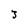
Character: 3